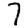
Digit: 7